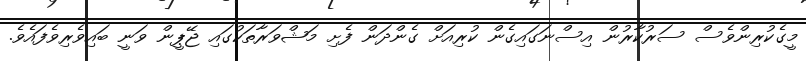
މީގެކުރިންވެސް ސަރުކާރުން އިސްނަގައިގެން ކުރިއަށް ގެންދަން ފެށި މަޝްވަރާތަކުގައި ޖޭޕީން ވަނީ ބައިވެރިވެފައެވެ.